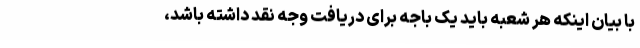
با بیان اینکه هر شعبه باید یک باجه برای دریافت وجه نقد داشته باشد،